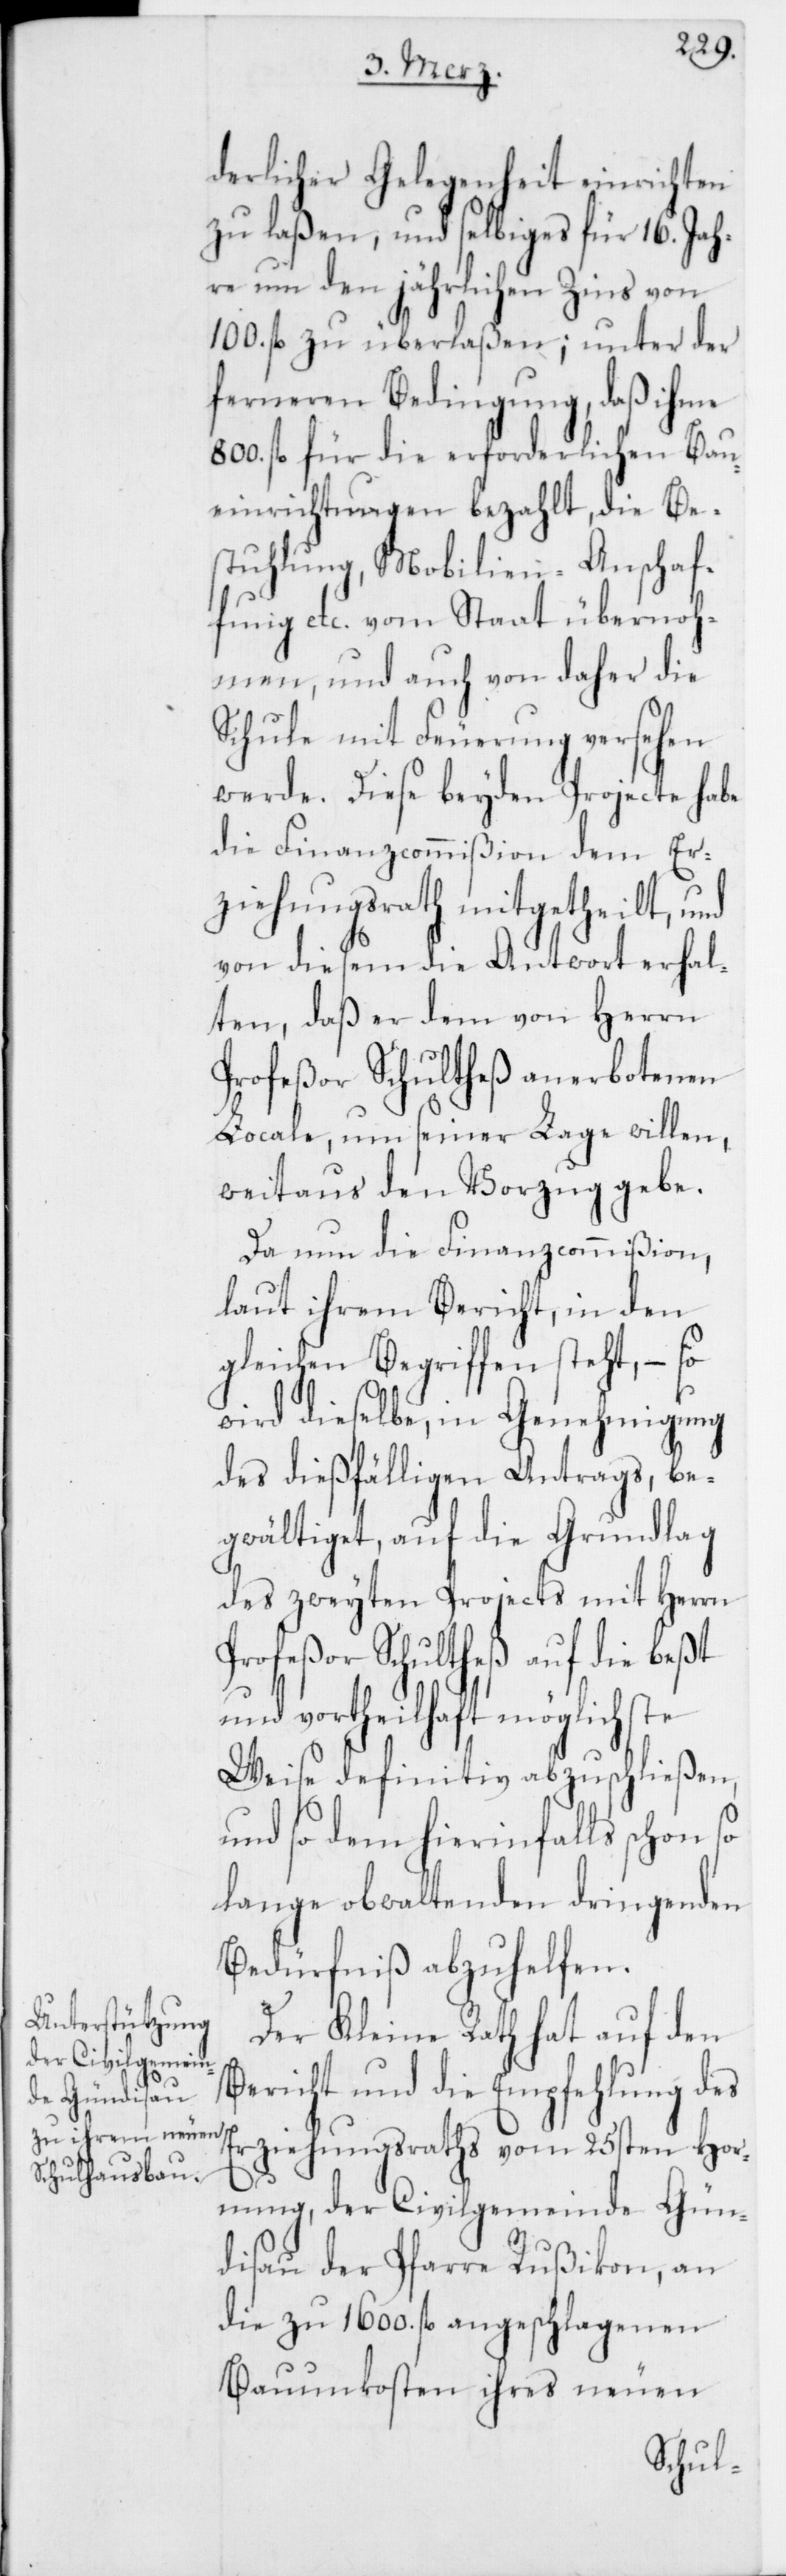
derlicher Gelegenheit einrichten
zu laßen, und selbiges für 16. Jah¬
re um den jährlichen Zins von
100. fl. zu überlaßen; unter der
ferneren Bedingung, daß ihm
800. fl. für die erforderlichen Bau¬
einrichtungen bezahlt, die Be¬
stuhlung, Mobilien-Anschaf¬
fung etc. vom Staat übernoh¬
men, und auch von daher die
Schule mit Feuerung versehen
werde. Diese beyden Projecte habe
die Finanzcommißion dem Er¬
ziehungsrath mitgetheilt, und
von diesem die Antwort erhal¬
ten, daß er dem von Herrn
Profeßor Schultheß anerbotenen
Locale, um seiner Lage willen,
weitaus den Vorzug gebe.
Da nun die Finanzcommißion,
laut ihrem Bericht, in den
gleichen Begriffen steht, – so
wird dieselbe, in Genehmigung
des dießfälligen Antrags, be¬
gwältiget, auf die Grundlag
des zweyten Projects mit Herrn
Profeßor Schultheß auf die beßt
und vortheilhaft möglichste
Weise definitiv abzuschließen,
und so dem hierinfalls schon so
lange obwaltenden dringenden
Bedürfniß abzuhelfen.
Der Kleine Rath hat auf den
Bericht und die Empfehlung des
Erziehungsraths vom 25sten Hor¬
nung, der Civilgemeinde Gün¬
disau der Pfarre Rußikon, an
die zu 1600 fl. angeschlagenen
Bauunkosten ihres neuen